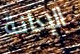
الإدانة